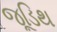
જૂડિથ